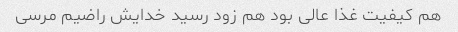
هم کیفیت غذا عالی بود هم زود رسید خدایش راضیم مرسی